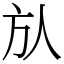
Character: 㫃